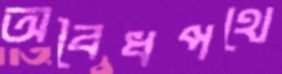
অবৈধপথে